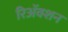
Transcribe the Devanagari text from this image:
रिअॅक्शन